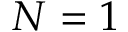
N = 1